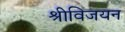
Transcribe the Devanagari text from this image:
श्रीविजयन